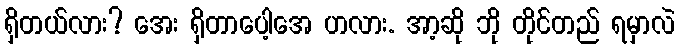
ရှိတယ်လား? အေး ရှိတာပေါ့အေ ဟလား. အာ့ဆို ဘို တိုင်တည် ရမှာလဲ